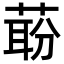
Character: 𬝝